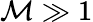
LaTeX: \mathcal{M}\gg1